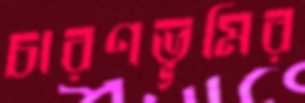
চারণভূমির